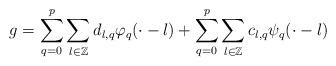
LaTeX: \begin{align*}g = \sum_{q = 0}^{p} \sum_{l \in \mathbb{Z}} d_{l,q} \varphi_{q} ( \cdot - l) + \sum_{q = 0}^{p} \sum_{l \in \mathbb{Z}} c_{l,q} \psi_{q} ( \cdot - l) \end{align*}